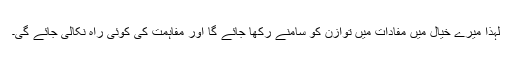
لہٰذا میرے خیال میں مفادات میں توازن کو سامنے رکھا جائے گا اور مفاہمت کی کوئی راہ نکالی جائے گی۔